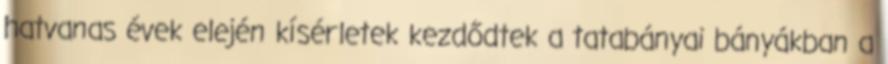
hatvanas évek elején kísérletek kezdődtek a tatabányai bányákban a